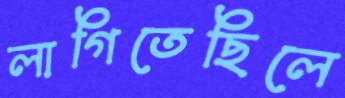
লাগিতেছিলে